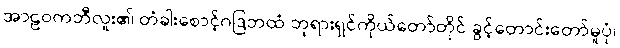
အာဠဝကဘီလူး၏ တံခါးစောင့်ဂဒြဘထံ ဘုရားရှင်ကိုယ်တော်တိုင် ခွင့်တောင်းတော်မူပုံ၊